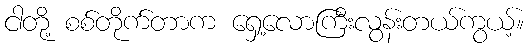
ငါတို့ စစ်တိုက်တာက ရှေ့လောကြီးလွန်းတယ်ကွယ့်။